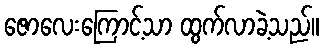
ဇောလေးကြောင့်သာ ထွက်လာခဲ့သည်။